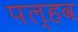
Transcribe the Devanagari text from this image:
पल्हव